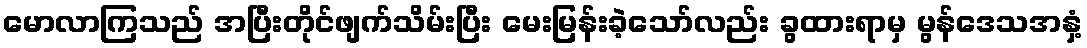
မောလာကြသည် အပြီးတိုင်ဖျက်သိမ်းပြီး မေးမြန်းခဲ့သော်လည်း ခွထားရာမှ မွန်ဒေသအနှံ့